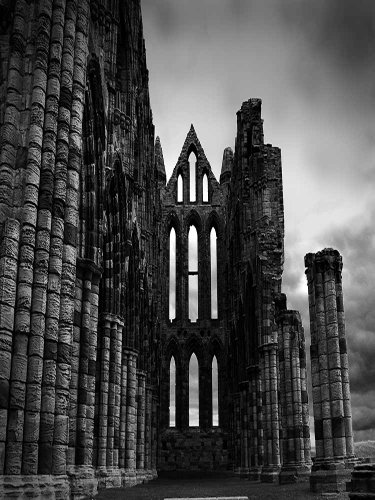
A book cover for The Divine Coming: Thoughts For Christmas; FRANK DUFF; Christian Books & Bibles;